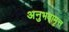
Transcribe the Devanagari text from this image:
अनुभवामृत्त